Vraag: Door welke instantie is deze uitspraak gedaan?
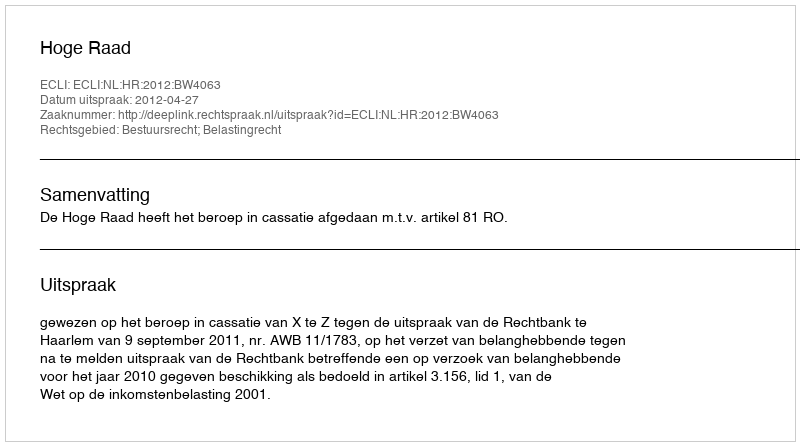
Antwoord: Hoge Raad